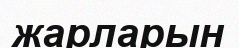
жарларын